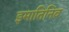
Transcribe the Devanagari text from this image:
इमातिनिब